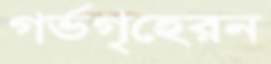
গর্ভগৃহেরন